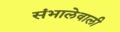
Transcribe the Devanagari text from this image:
संभालेवाली